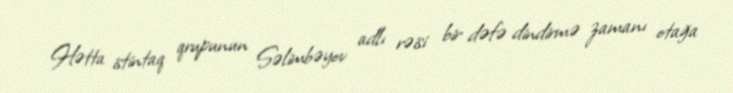
Hətta istintaq qrupunun Səlimbəyov adlı rəisi bir dəfə dindirmə zamanı otağa